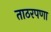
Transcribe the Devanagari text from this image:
ताठरपणा